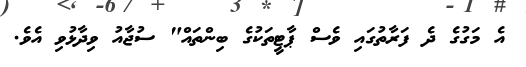
އެ މަގުގެ ދެ ފަރާތުގައި ވެސް ޕާޓީތަކުގެ ބިންތައް" ސުޖާއު ވިދާޅުވި އެވެ.